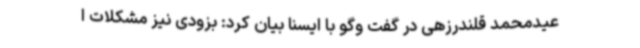
عیدمحمد قلندرزهی در گفت وگو با ایسنا بیان کرد: بزودی نیز مشکلات ا